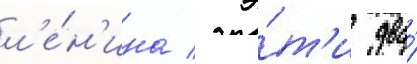
л'е́н'ина / э́т'и два́